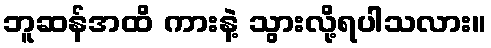
ဘူဆန်အထိ ကားနဲ့ သွားလို့ရပါသလား။